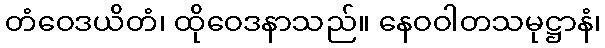
တံဝေဒယိတံ၊ ထိုဝေဒနာသည်။ နေဝဝါတသမုဋ္ဌာနံ၊